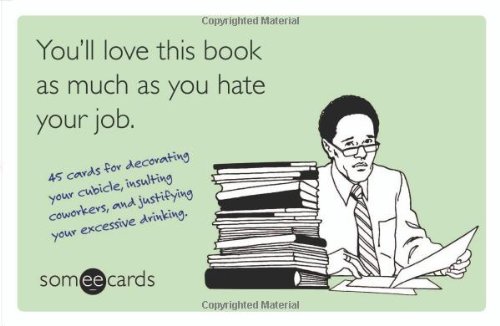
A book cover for You'll Love This Book as Much as You Hate Your Job (someecards): 45 cards for decorating your cubicle, insulting coworkers, and justifying your excessive drinking.; Brook Lundy; Humor & Entertainment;